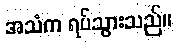
အသံက ရပ်သွားသည်။